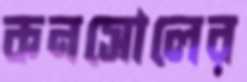
কনসোলের